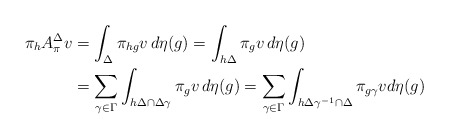
\begin{align*}\pi_hA^\Delta_\pi v &= \int_\Delta \pi_{hg}v\,d\eta(g)= \int_{h\Delta} \pi_{g}v\,d\eta(g)\\&= \sum_{\gamma \in \Gamma} \int_{h\Delta\cap \Delta \gamma } \pi_{g}v\,d\eta(g)=\sum_{\gamma\in\Gamma} \int_{h\Delta\gamma^{-1}\cap \Delta} \pi_{g\gamma } v d\eta(g)\end{align*}